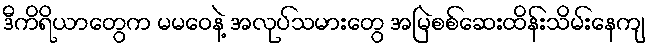
ဒီကိရိယာတွေက မမဝေနဲ့ အလုပ်သမားတွေ အမြဲစစ်ဆေးထိန်းသိမ်းနေကျ